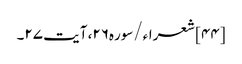
[۴۴] شعراء/سوره۲۶، آیت ۲۷۔